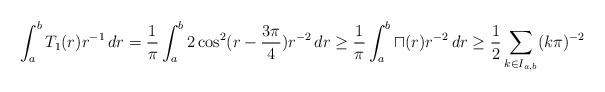
LaTeX: \begin{align*}\int_a^{b} T_1(r) r^{-1} \,dr=\frac{1}{\pi} \int_a^{b} 2\cos^2(r-\frac{3\pi}{4})r^{-2} \,dr\ge\frac{1}{\pi} \int_a^{b} \sqcap(r)r^{-2} \,dr\ge\frac{1}{2} \sum_{k\in I_{a,b}} (k\pi)^{-2}\end{align*}